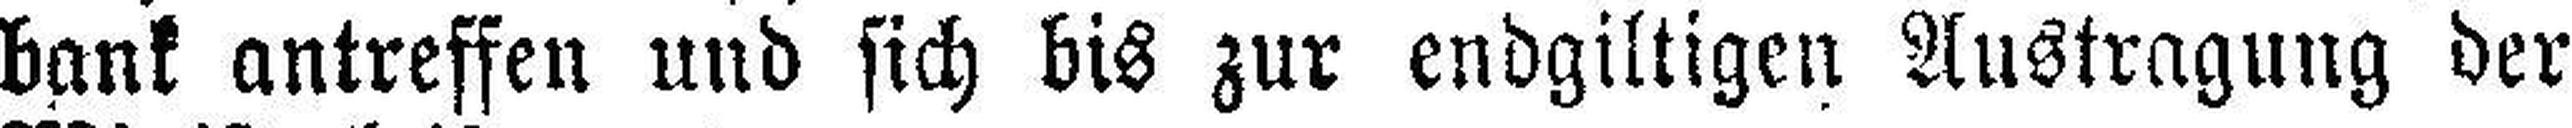
bank antreffen und sich bis zur endgiltigen Austragung der